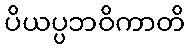
ပိယပ္ပဘဝိကာတိ